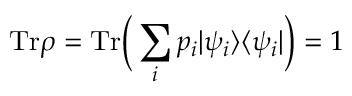
\mathrm { T r } \rho = \mathrm { T r } \Big ( \sum _ { i } p _ { i } | \psi _ { i } \rangle \langle \psi _ { i } | \Big ) = 1